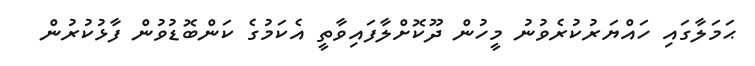
ޙަމަލާގައި ހައްޔަރުކުރެވުނު މީހުން ދޫކޮށްލާފައިވާތީ އެކަމުގެ ކަންބޮޑުވުން ފާޅުކުރުން